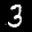
Label: 3